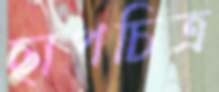
ছাপচিত্র